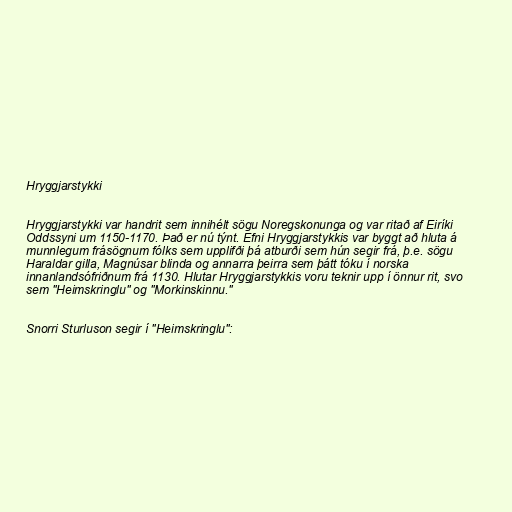
Hryggjarstykki

Hryggjarstykki var handrit sem innihélt sögu Noregskonunga og var ritað af Eiríki
Oddssyni um 1150-1170. Það er nú týnt. Efni Hryggjarstykkis var byggt að hluta á
munnlegum frásögnum fólks sem upplifði þá atburði sem hún segir frá, þ.e. sögu
Haraldar gilla, Magnúsar blinda og annarra þeirra sem þátt tóku í norska
innanlandsófriðnum frá 1130. Hlutar Hryggjarstykkis voru teknir upp í önnur rit, svo
sem "Heimskringlu" og "Morkinskinnu."

Snorri Sturluson segir í "Heimskringlu":